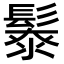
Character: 𩮥